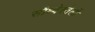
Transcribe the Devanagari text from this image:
सौथ्वेस्तेर्ली